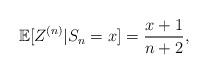
LaTeX: \begin{align*}\mathbb{E}[Z^{(n)}|S_n=x]= \displaystyle \frac{x+1}{n+2}, \end{align*}